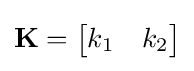
\mathbf {K} ={\begin{bmatrix}k_{1}&k_{2}\end{bmatrix}}